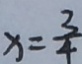
x = \frac { 3 } { 4 }